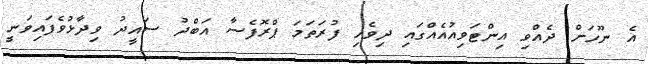
އެ ނޫހަށް ދެއްވި އިންޓަވިއުއެއްގައި ދިވެހި ފުރަތަމަ ޕްރޮފެސާ އަބްދު ސައީދު ވިދާޅުވެފައިވަނީ